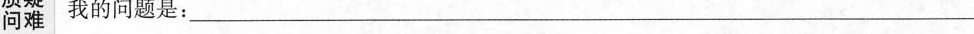
问题 我的问题是：___